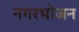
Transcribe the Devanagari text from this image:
नगरभोजन